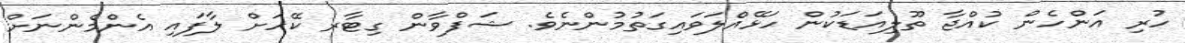
ހުރި އަންހެން ކުއްޖާ ތޫލިއަޑަކުން ހަޅޭއްލަވައިގަތުމުންނެވެ. ޝަފްވާން ގިޓާރ ކޭހަށް ލާފައި އެންމެންނަށް